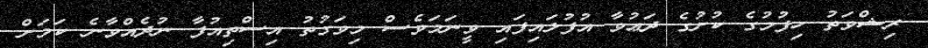
ރިޝްވަތު ހިފުމުގެ ކުށުގެ ދަޢުވާ އުފުލައިފައި ވީނަމަވެސް މިވަގުތު އިސްތިއުފާ ނުދެއްވާނެ ކަމަށް